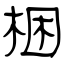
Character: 梱